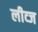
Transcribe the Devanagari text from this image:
लीव्ज